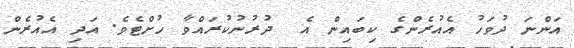
އަންނަ ދުވަހު އެއުރެންގެ ކިބައިން އެ  ދުރުނުކުރައްވާ ހުށްޓެވެ. އަދި އެއުރެން